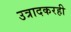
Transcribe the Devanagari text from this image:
उत्रादकरही